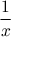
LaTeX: \frac { 1 } { x }